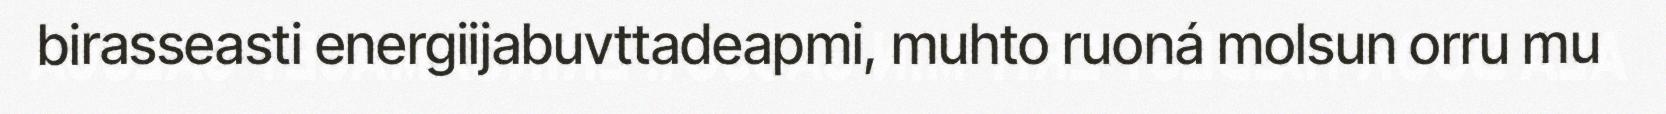
birasseasti energiijabuvttadeapmi, muhto ruoná molsun orru mu